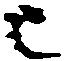
已